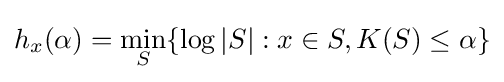
h_{x}(\alpha )=\min _{S}\{\log |S|:x\in S,K(S)\leq \alpha \}